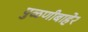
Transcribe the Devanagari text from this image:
पुळणीबाहेर